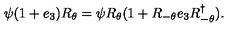
\psi ( 1 + e _ { 3 } ) R _ { \theta } = \psi R _ { \theta } ( 1 + R _ { - \theta } e _ { 3 } R _ { - \theta } ^ { \dagger } ) .